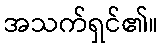
အသက်ရှင်၏။